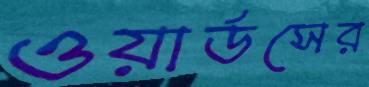
ওয়ার্ডসের